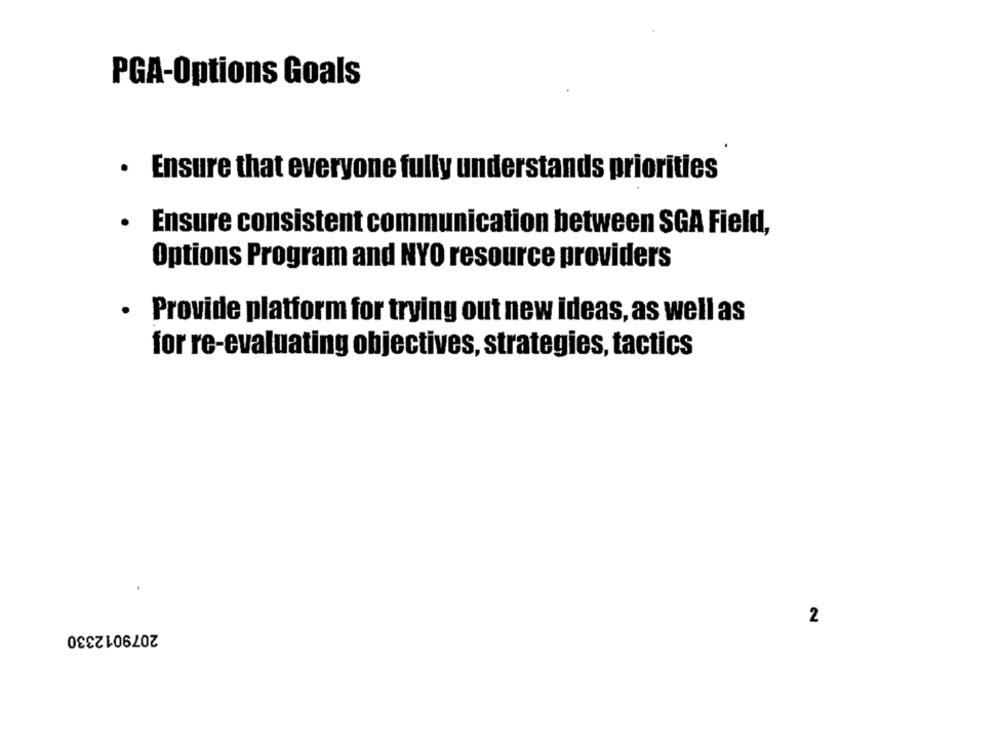
PGA-Options Goals
· Ensure that everyone fully understands priorities
· Ensure consistent communication between SGA Field,
Options Program and NYO resource providers
· Provide platform for trying out new ideas, as well as
for re-evaluating objectives, strategies, tactics
2
2079012330